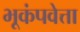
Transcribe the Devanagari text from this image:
भूकंपवेत्ता